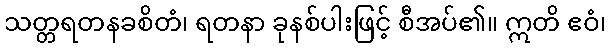
သတ္တရတနခစိတံ၊ ရတနာ ခုနစ်ပါးဖြင့် စီအပ်၏။ ဣတိ ဧဝံ၊